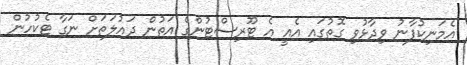
އެމަނިކުފާނު ވިދާޅުވި ގޮތުގައި އެއީ އެ ޓޫރިސްޓުންގެ އަތުން ދައުލަތަށް ނަގާ ޓެކުހުން